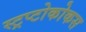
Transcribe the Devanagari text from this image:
स्ट्रप्टोकोकस